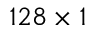
1 2 8 \times 1